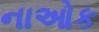
નાઓક